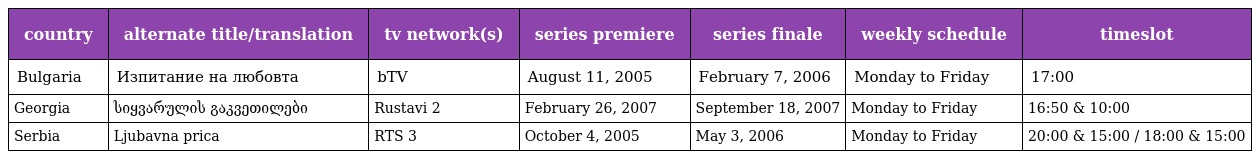
| country | alternate title/translation | tv network(s) | series premiere | series finale | weekly schedule | timeslot |
 | --- | --- | --- | --- | --- | --- | --- |
 | Bulgaria | Изпитание на любовта | bTV | August 11, 2005 | February 7, 2006 | Monday to Friday | 17:00 |
 | Georgia | სიყვარულის გაკვეთილები | Rustavi 2 | February 26, 2007 | September 18, 2007 | Monday to Friday | 16:50 & 10:00 |
 | Serbia | Ljubavna prica | RTS 3 | October 4, 2005 | May 3, 2006 | Monday to Friday | 20:00 & 15:00 / 18:00 & 15:00 |